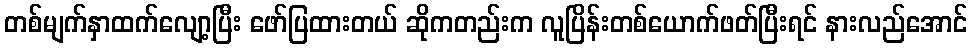
တစ်မျက်နှာထက်လျော့ပြီး ဖော်ပြထားတယ် ဆိုကတည်းက လူပြိန်းတစ်ယောက်ဖတ်ပြီးရင် နားလည်အောင်